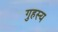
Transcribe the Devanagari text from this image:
गुहस्य